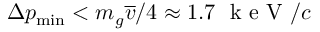
\Delta p _ { \mathrm { m i n } } < m _ { g } \overline { { v } } / 4 \approx 1 . 7 ~ \mathrm { ~ k ~ e ~ V ~ } / c